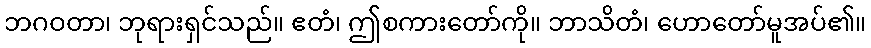
ဘဂဝတာ၊ ဘုရားရှင်သည်။ ဧတံ၊ ဤစကားတော်ကို။ ဘာသိတံ၊ ဟောတော်မူအပ်၏။